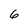
Character: 6